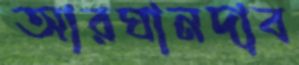
আরঘানদাব